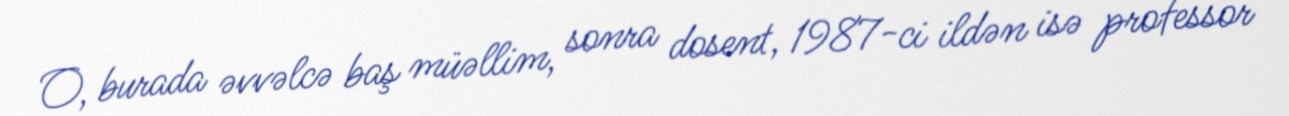
O, burada əvvəlcə baş müəllim, sonra dosent, 1987-ci ildən isə professor